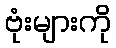
ဗုံးများကို